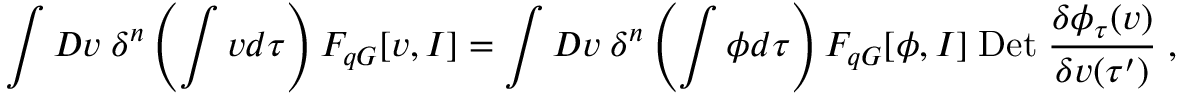
\int { \cal D } v \; \delta ^ { n } \left( \int v d \tau \right) F _ { q G } [ v , I ] = \int { \cal D } v \; \delta ^ { n } \left( \int \phi d \tau \right) F _ { q G } [ \phi , I ] \; \mathrm { D e t } \; \frac { \delta \phi _ { \tau } ( v ) } { \delta v ( \tau ^ { \prime } ) } \; ,